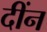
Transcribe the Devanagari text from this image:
दींन